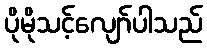
ပိုမိုသင့်လျော်ပါသည်